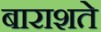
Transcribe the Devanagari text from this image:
बाराशते